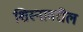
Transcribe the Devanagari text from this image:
शिस्नावरील